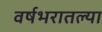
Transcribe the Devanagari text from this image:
वर्षभरातल्या